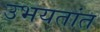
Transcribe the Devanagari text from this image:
उभयतांत